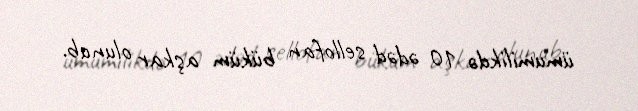
ümumilikdə 10 ədəd sellofan büküm aşkar olunub.